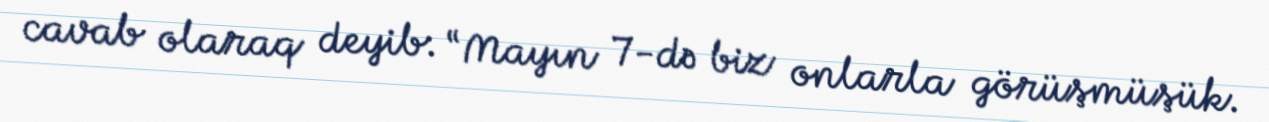
cavab olaraq deyib: “Mayın 7-də biz onlarla görüşmüşük.